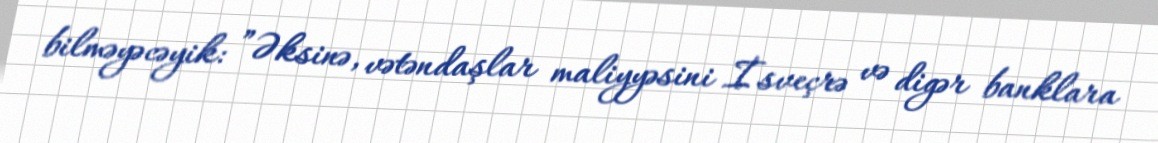
bilməyəcəyik: ”Əksinə, vətəndaşlar maliyyəsini İsveçrə və digər banklara